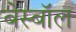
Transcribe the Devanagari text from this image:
बेस्बॉल